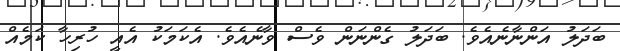
ބަދަލު އަންނާނެއެވެ. ބަދަލު ގެންނަން ވެސް ވާނެއެވެ. އެކަމަކު އެއީ ހުރިހާ ކަމެއް